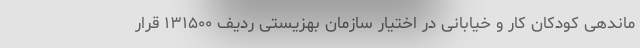
ماندهی کودکان کار و خیابانی در اختیار سازمان بهزیستی ردیف ۱۳۱۵۰۰ قرار